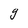
Character: g